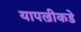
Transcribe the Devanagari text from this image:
यापल्रीकडे